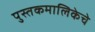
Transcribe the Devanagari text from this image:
पुस्तकमालिकेचे